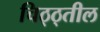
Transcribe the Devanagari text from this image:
चिठ्ठ्तील